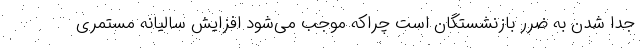
جدا شدن به ضرر بازنشستگان است چراکه موجب می‌شود افزایش سالیانه مستمری